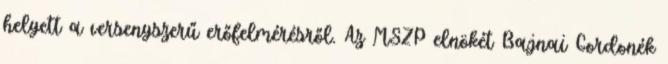
helyett a versenyszerű erőfelmérésről. Az MSZP elnökét Bajnai Gordonék